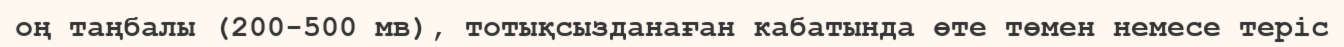
оң таңбалы (200-500 мв), тотықсызданаған кабатында өте төмен немесе теріс